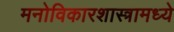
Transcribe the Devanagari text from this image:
मनोविकारशास्त्रामध्ये